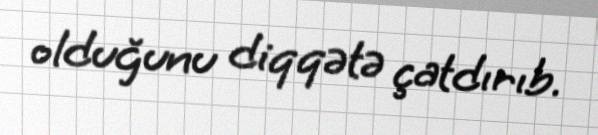
olduğunu diqqətə çatdırıb.